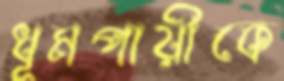
ধূমপায়ীকে